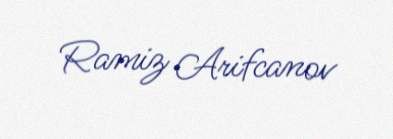
Ramiz Arifcanov